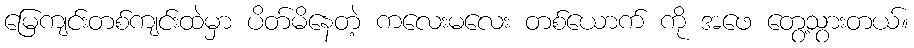
မြေကျင်းတစ်ကျင်းထဲမှာ ပိတ်မိနေတဲ့ ကလေးမလေး တစ်ယောက် ကို အဖေ တွေ့သွားတယ်။